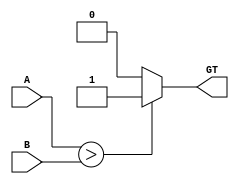

module compare
#(parameter WIDTH = 4)(
input [WIDTH - 1:0] A, B,
output reg GT
);

always @ (A or B) begin
if (A > B) begin
    GT = 1;
    end
else begin
    GT = 0;
end
end
endmodule